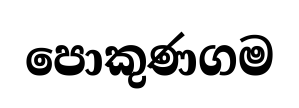
පොකුණගම